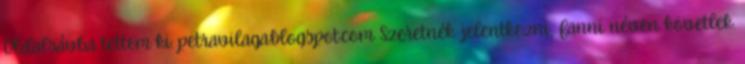
Oldalsávba tettem ki: petravilaga.blogspot.com Szeretnék jelentkezni, Fanni néven követlek.